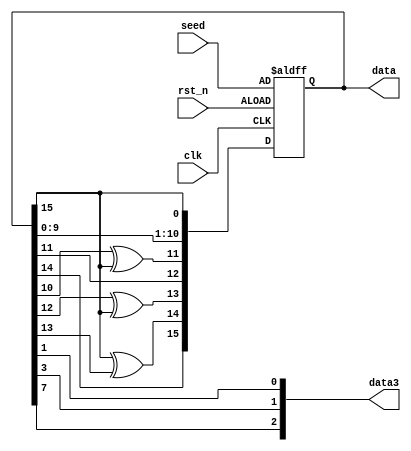
`timescale 1ns / 1ps
//////////////////////////////////////////////////////////////////////////////////
// Company: 
// Engineer: 
// 
// Design Name: 
// Module Name: random
// Project Name: 
// Target Devices: 
// Tool Versions: 
// Description: 
// 
// Dependencies: 
// 
// Revision:
// Revision 0.01 - File Created
// Additional Comments:
// 
//////////////////////////////////////////////////////////////////////////////////


module random(
    input clk,
    input  [15:0] seed,
    input rst_n,
    output reg [15:0] data,
    output [2:0]data3
    );
    always@(posedge clk or negedge rst_n)
    begin
        if(!rst_n)
           data<=seed;
        else
            data<={data[14],data[15]^data[13],data[12]^data[15],data[11],data[10]^data[15],data[9:0],data[15]};
    end
    assign data3={data[7],data[3],data[1]};
endmodule